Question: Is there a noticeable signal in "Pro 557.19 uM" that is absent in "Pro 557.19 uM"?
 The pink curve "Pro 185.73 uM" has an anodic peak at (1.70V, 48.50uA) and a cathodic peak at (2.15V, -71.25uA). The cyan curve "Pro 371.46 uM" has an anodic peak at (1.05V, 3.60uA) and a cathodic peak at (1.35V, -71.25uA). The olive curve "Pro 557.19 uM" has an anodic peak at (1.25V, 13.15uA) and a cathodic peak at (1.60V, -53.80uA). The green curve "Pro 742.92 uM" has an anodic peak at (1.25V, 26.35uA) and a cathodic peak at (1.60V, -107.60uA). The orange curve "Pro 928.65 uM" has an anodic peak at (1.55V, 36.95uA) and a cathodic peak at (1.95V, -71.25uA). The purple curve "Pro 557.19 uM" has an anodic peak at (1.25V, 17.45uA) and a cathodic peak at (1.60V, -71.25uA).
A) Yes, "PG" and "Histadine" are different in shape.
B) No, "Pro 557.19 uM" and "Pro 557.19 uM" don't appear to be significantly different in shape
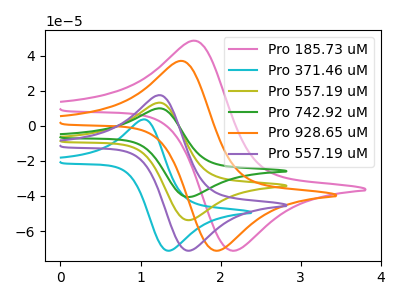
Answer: <think>All the peaks in "Pro 557.19 uM" have a peak in "Pro 557.19 uM" at the same potential. Every peak in "Pro 557.19 uM" is higher than every peak in "Pro 557.19 uM".
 </think>
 <answer>B) No, "Pro 557.19 uM" and "Pro 557.19 uM" don't appear to be significantly different in shape</answer>
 <eval>B</eval>